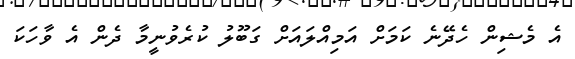
އެ މެޝިން ހެދޭނެ ކަމަށް އަމިއްލައަށް ގަބޫލު ކުރެވުނީމާ ދެން އެ ވާހަކަ